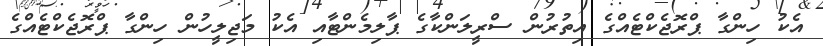
އެކު ހިންގާ ޕްރޮޖެކްޓެއްގެ އިތުރުން ސްރީލަންކާގެ ޕާލިމެންޓާއި އެކު މަޖިލީހުން ހިންގާ ޕްރޮޖެކްޓެއްގެ